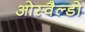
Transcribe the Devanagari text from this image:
ओस्वैल्डो